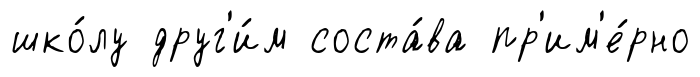
шко́лу друг'и́м соста́ва пр'им'е́рно